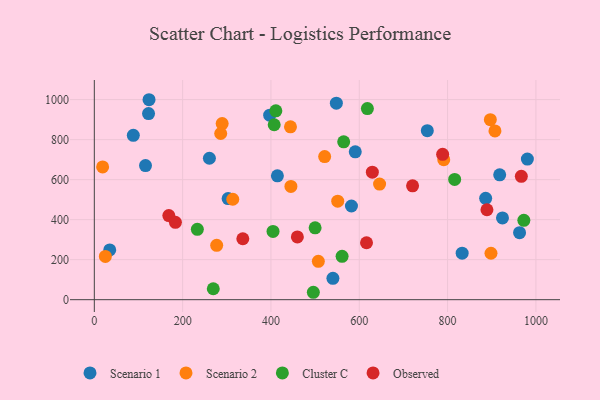
{"axis": {"x": "Investment", "y": "Fuel Efficiency"}, "legend": ["Cluster C", "Observed", "Scenario 1", "Scenario 2"], "data": [{"x": "980.7", "y": 702.6, "type": "Scenario 1"}, {"x": "548.1", "y": 982.4, "type": "Scenario 1"}, {"x": "303.0", "y": 505.4, "type": "Scenario 1"}, {"x": "963.0", "y": 334.7, "type": "Scenario 1"}, {"x": "590.9", "y": 739.0, "type": "Scenario 1"}, {"x": "122.8", "y": 930.3, "type": "Scenario 1"}, {"x": "34.9", "y": 248.7, "type": "Scenario 1"}, {"x": "886.2", "y": 506.7, "type": "Scenario 1"}, {"x": "754.1", "y": 844.7, "type": "Scenario 1"}, {"x": "540.3", "y": 106.8, "type": "Scenario 1"}, {"x": "582.3", "y": 468.2, "type": "Scenario 1"}, {"x": "833.0", "y": 232.5, "type": "Scenario 1"}, {"x": "123.9", "y": 999.5, "type": "Scenario 1"}, {"x": "397.1", "y": 922.3, "type": "Scenario 1"}, {"x": "918.0", "y": 624.1, "type": "Scenario 1"}, {"x": "88.3", "y": 821.7, "type": "Scenario 1"}, {"x": "924.3", "y": 408.7, "type": "Scenario 1"}, {"x": "115.9", "y": 670.1, "type": "Scenario 1"}, {"x": "414.6", "y": 618.9, "type": "Scenario 1"}, {"x": "260.6", "y": 706.9, "type": "Scenario 1"}, {"x": "18.8", "y": 663.4, "type": "Scenario 2"}, {"x": "289.5", "y": 880.1, "type": "Scenario 2"}, {"x": "791.3", "y": 699.6, "type": "Scenario 2"}, {"x": "521.6", "y": 715.3, "type": "Scenario 2"}, {"x": "444.2", "y": 863.9, "type": "Scenario 2"}, {"x": "277.1", "y": 271.6, "type": "Scenario 2"}, {"x": "445.2", "y": 566.2, "type": "Scenario 2"}, {"x": "286.2", "y": 830.6, "type": "Scenario 2"}, {"x": "898.3", "y": 232.0, "type": "Scenario 2"}, {"x": "25.0", "y": 216.4, "type": "Scenario 2"}, {"x": "907.3", "y": 843.3, "type": "Scenario 2"}, {"x": "896.8", "y": 899.6, "type": "Scenario 2"}, {"x": "507.3", "y": 191.9, "type": "Scenario 2"}, {"x": "313.5", "y": 501.9, "type": "Scenario 2"}, {"x": "551.2", "y": 492.3, "type": "Scenario 2"}, {"x": "646.0", "y": 577.8, "type": "Scenario 2"}, {"x": "404.7", "y": 341.3, "type": "Cluster C"}, {"x": "411.1", "y": 944.0, "type": "Cluster C"}, {"x": "500.0", "y": 359.0, "type": "Cluster C"}, {"x": "564.7", "y": 789.0, "type": "Cluster C"}, {"x": "496.0", "y": 37.0, "type": "Cluster C"}, {"x": "816.0", "y": 600.9, "type": "Cluster C"}, {"x": "269.4", "y": 54.5, "type": "Cluster C"}, {"x": "561.1", "y": 216.5, "type": "Cluster C"}, {"x": "233.3", "y": 351.9, "type": "Cluster C"}, {"x": "972.7", "y": 396.6, "type": "Cluster C"}, {"x": "618.4", "y": 955.5, "type": "Cluster C"}, {"x": "407.3", "y": 874.5, "type": "Cluster C"}, {"x": "168.7", "y": 420.4, "type": "Observed"}, {"x": "459.8", "y": 313.6, "type": "Observed"}, {"x": "336.3", "y": 304.6, "type": "Observed"}, {"x": "720.7", "y": 569.2, "type": "Observed"}, {"x": "788.8", "y": 726.4, "type": "Observed"}, {"x": "889.1", "y": 449.5, "type": "Observed"}, {"x": "629.6", "y": 637.1, "type": "Observed"}, {"x": "967.0", "y": 616.5, "type": "Observed"}, {"x": "183.6", "y": 386.7, "type": "Observed"}, {"x": "616.4", "y": 284.5, "type": "Observed"}]}